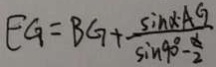
E G = B G + \frac { \sin \alpha \cdot A G } { \sin 9 0 ^ { \circ } - \frac { \alpha } { 2 } }